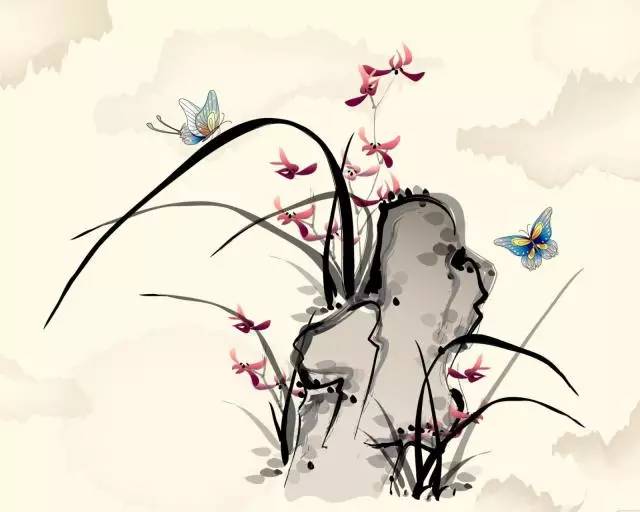
草木有本心，何求美人折！